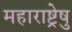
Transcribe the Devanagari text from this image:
महाराष्ट्रेषु